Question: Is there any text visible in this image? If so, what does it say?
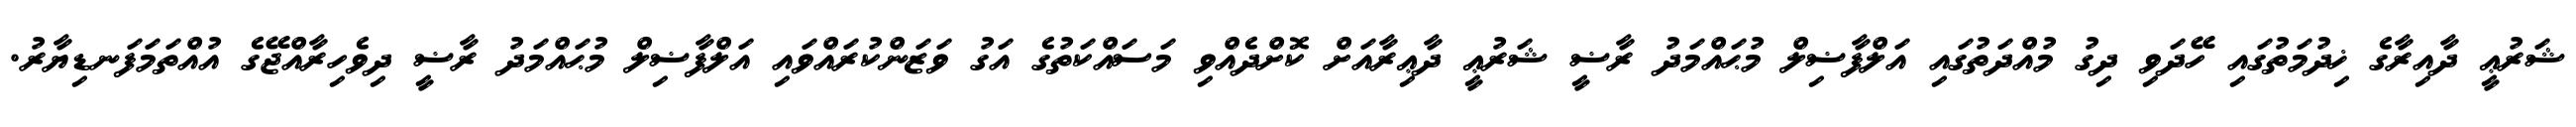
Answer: ޝަރުޢީ ދާއިރާގެ ޚިދުމަތުގައި ހޭދަވި ދިގު މުއްދަތުގައި އަލްފާޟިލް މުޙައްމަދު ރާޟީ ޝަރުޢީ ދާޢިރާއަށް ކޮށްދެއްވި މަސައްކަތުގެ އަގު ވަޒަންކުރައްވައި އަލްފާޟިލް މުޙައްމަދު ރާޟީ ދިވެހިރާއްޖޭގެ އުއްތަމަފަނޑިޔާރު.